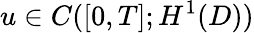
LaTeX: u\in C([0,T];H^{1}(D))